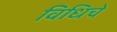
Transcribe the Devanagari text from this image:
विधिचे